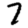
Digit: 7